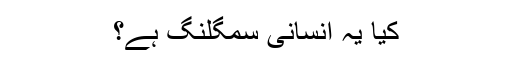
کیا یہ انسانی سمگلنگ ہے؟